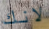
لانك